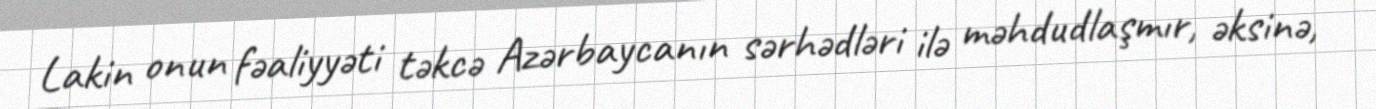
Lakin onun fəaliyyəti təkcə Azərbaycanın sərhədləri ilə məhdudlaşmır, əksinə,